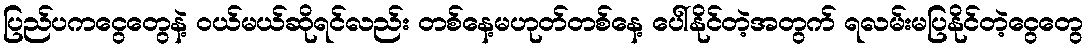
ပြည်ပကငွေတွေနဲ့ ဝယ်မယ်ဆိုရင်လည်း တစ်နေ့မဟုတ်တစ်နေ့ ပေါ်နိုင်တဲ့အတွက် ရလမ်းမပြနိုင်တဲ့ငွေတွေ